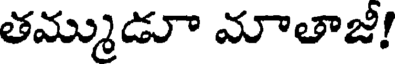
తమ్ముడూ మాతాజీ!